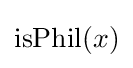
{\text{isPhil}}(x)